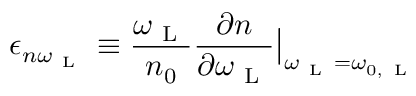
\epsilon _ { n \omega _ { \mathrm { ~ L ~ } } } \equiv \frac { \omega _ { \mathrm { ~ L ~ } } } { n _ { 0 } } \frac { \partial n } { \partial \omega _ { \mathrm { ~ L ~ } } } \big | _ { \omega _ { \mathrm { ~ L ~ } } = \omega _ { 0 , \mathrm { ~ L ~ } } }